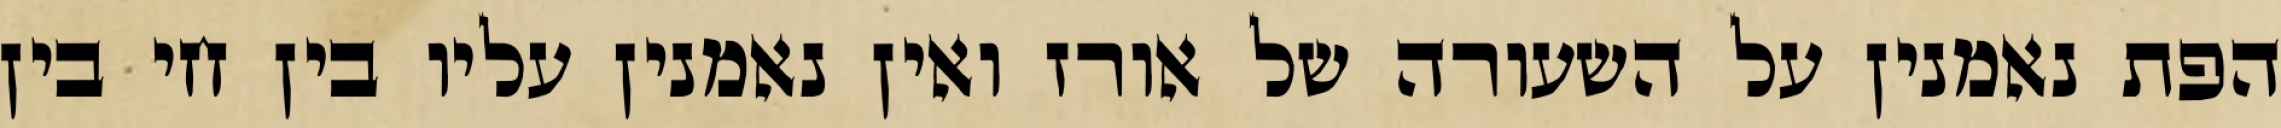
הפת נאמנין על השעורה של אורז ואין נאמנין עליו בין חי בין